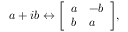
a + i b \leftrightarrow { \left[ \begin{array} { l l } { a } & { - b } \\ { b } & { a } \end{array} \right] } ,